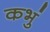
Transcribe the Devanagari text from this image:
कभुं